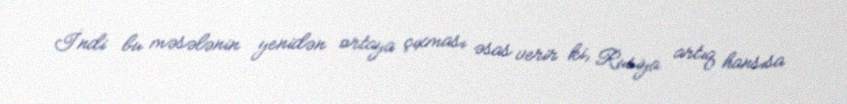
İndi bu məsələnin yenidən ortaya çıxması əsas verir ki, Rusiya artıq hansısa